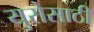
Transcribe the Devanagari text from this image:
युरोसाठी